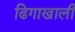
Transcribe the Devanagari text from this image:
ढिगाखाली